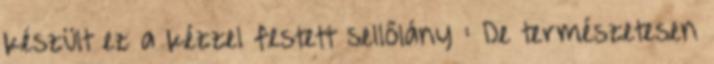
készült ez a kézzel festett sellőlány : De természetesen